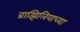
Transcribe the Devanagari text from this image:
ब्राझिलियाच्या